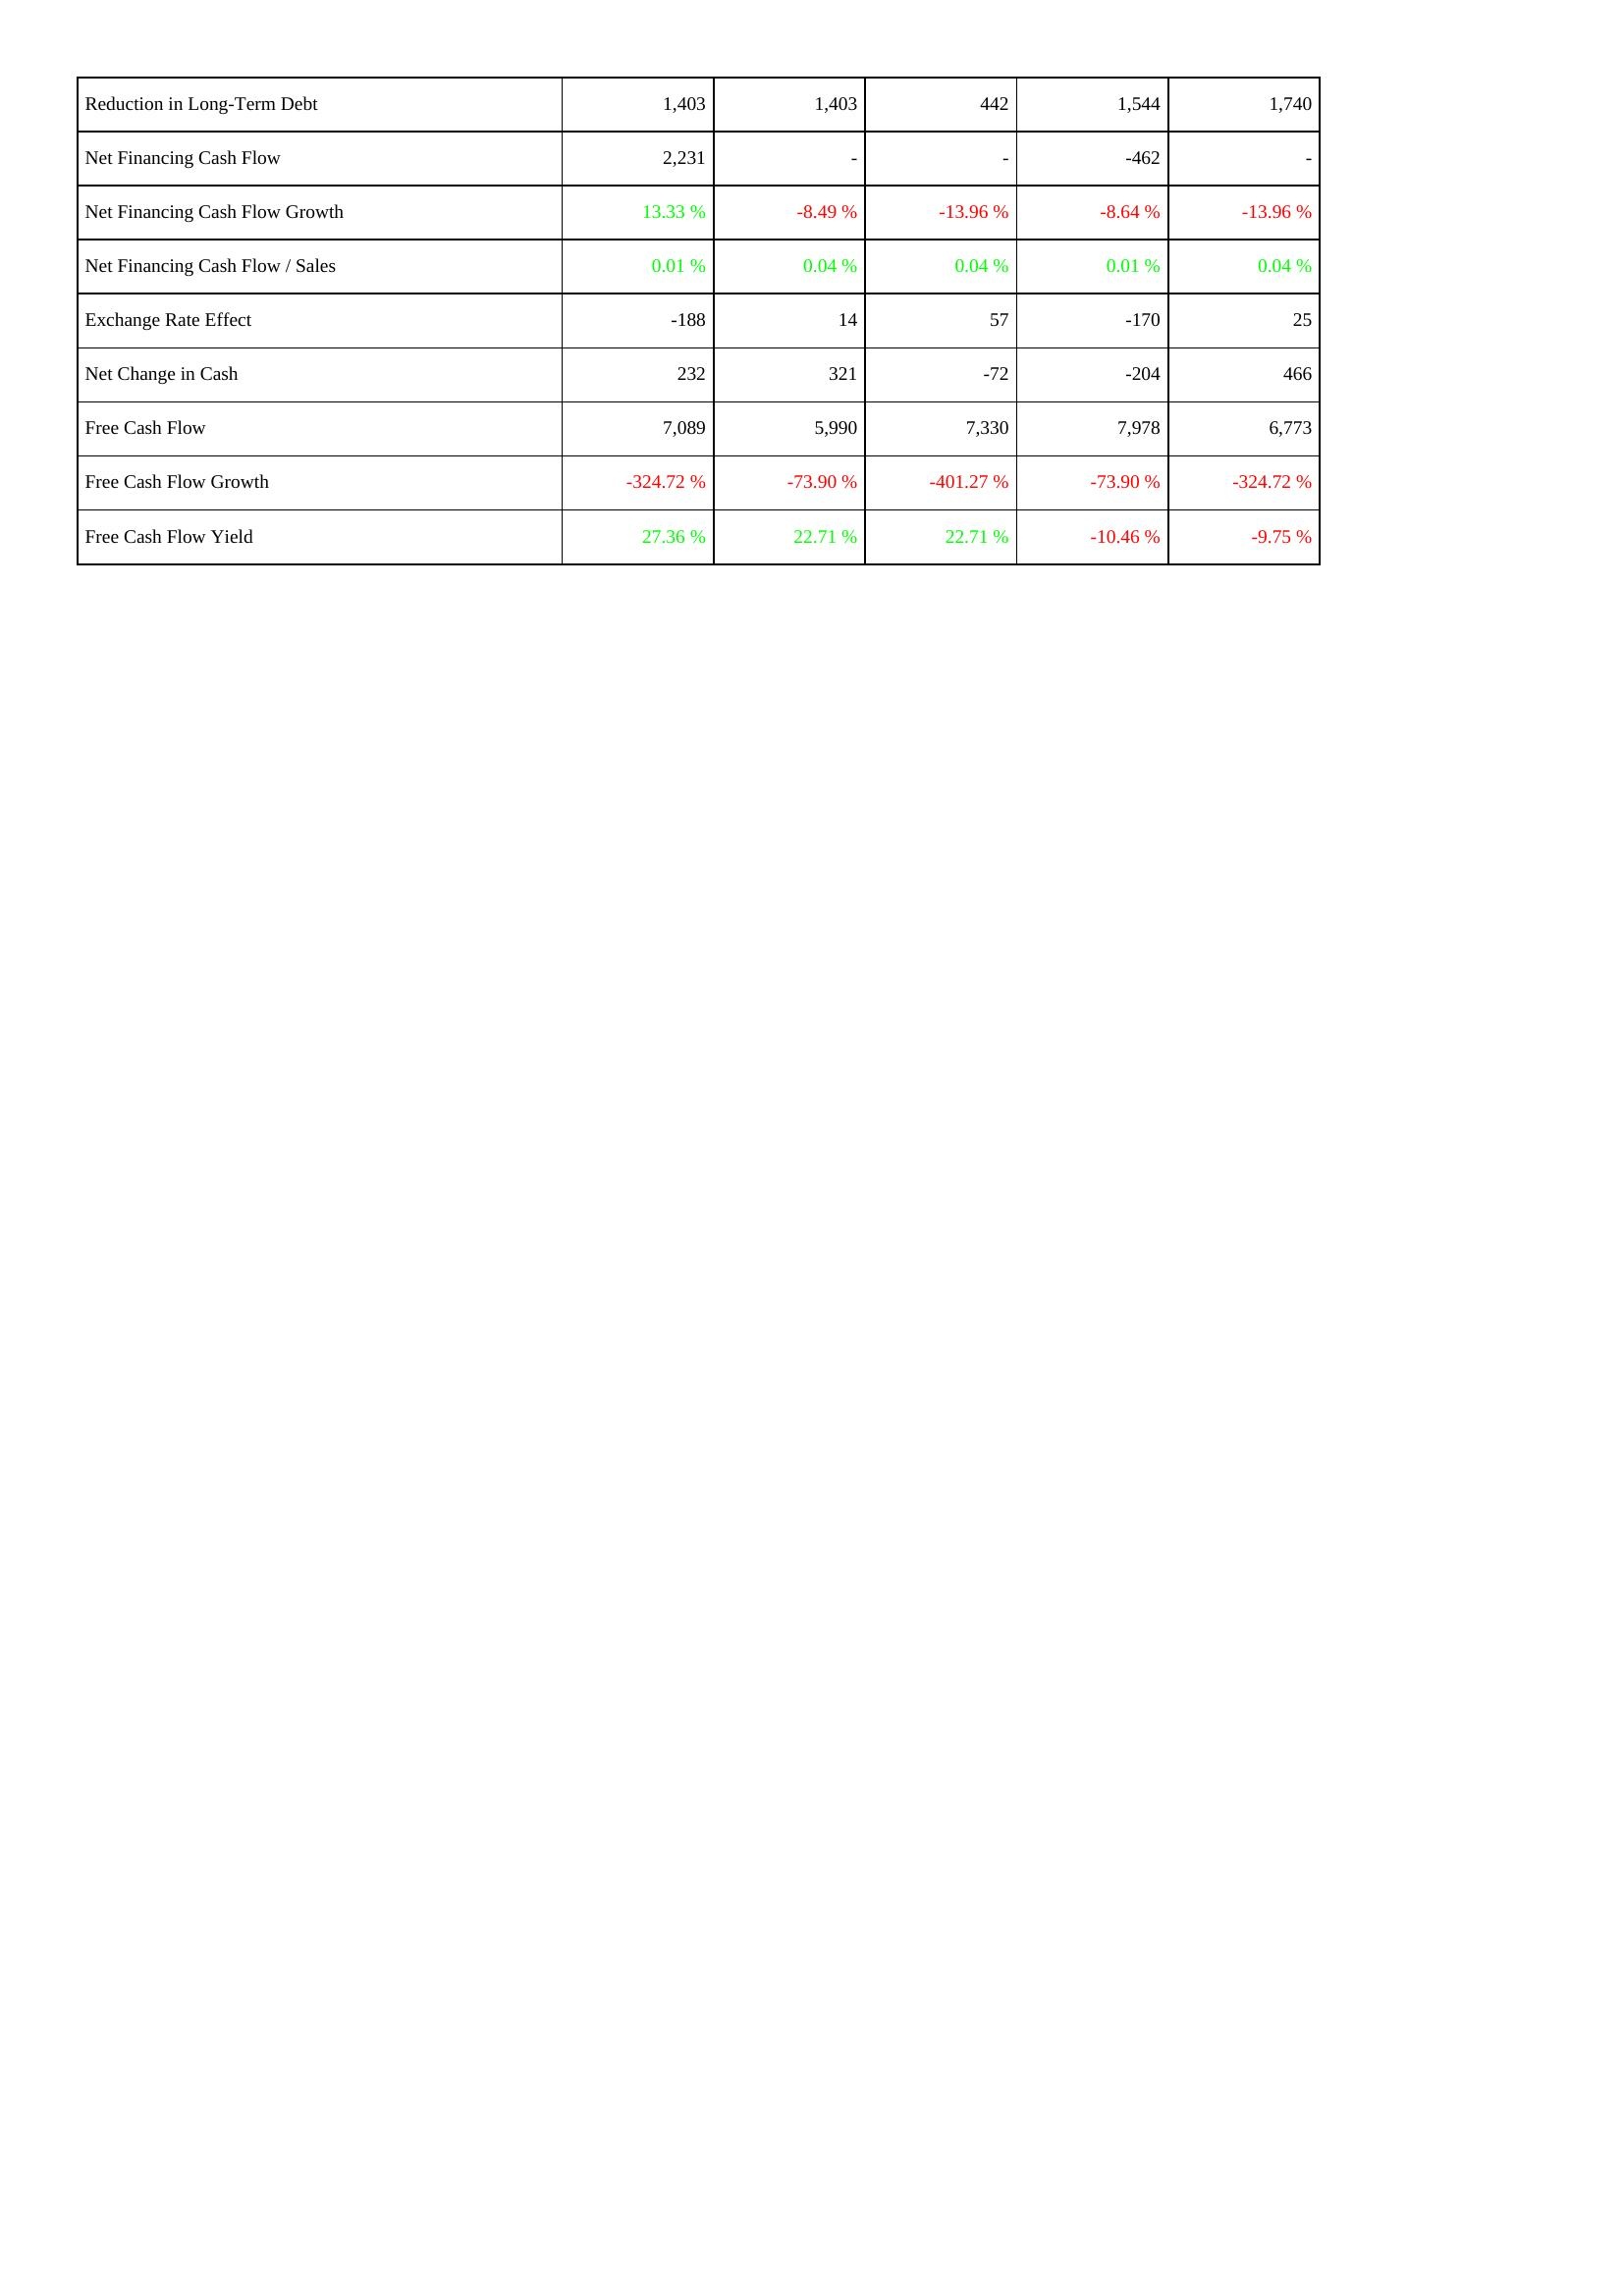
2015: Financing Activities: Reduction in Long-Term Debt: 1,403
Net Financing Cash Flow: 2,231
Net Financing Cash Flow Growth: 13.33 %
Net Financing Cash Flow / Sales: 0.01 %
Exchange Rate Effect: -188
Net Change in Cash: 232
Free Cash Flow: 7,089
Free Cash Flow Growth: -324.72 %
Free Cash Flow Yield: 27.36 %
2014: Financing Activities: Reduction in Long-Term Debt: 1,403
Net Financing Cash Flow: -
Net Financing Cash Flow Growth: -8.49 %
Net Financing Cash Flow / Sales: 0.04 %
Exchange Rate Effect: 14
Net Change in Cash: 321
Free Cash Flow: 5,990
Free Cash Flow Growth: -73.90 %
Free Cash Flow Yield: 22.71 %
2013: Financing Activities: Reduction in Long-Term Debt: 442
Net Financing Cash Flow: -
Net Financing Cash Flow Growth: -13.96 %
Net Financing Cash Flow / Sales: 0.04 %
Exchange Rate Effect: 57
Net Change in Cash: -72
Free Cash Flow: 7,330
Free Cash Flow Growth: -401.27 %
Free Cash Flow Yield: 22.71 %
2012: Financing Activities: Reduction in Long-Term Debt: 1,544
Net Financing Cash Flow: -462
Net Financing Cash Flow Growth: -8.64 %
Net Financing Cash Flow / Sales: 0.01 %
Exchange Rate Effect: -170
Net Change in Cash: -204
Free Cash Flow: 7,978
Free Cash Flow Growth: -73.90 %
Free Cash Flow Yield: -10.46 %
2011: Financing Activities: Reduction in Long-Term Debt: 1,740
Net Financing Cash Flow: -
Net Financing Cash Flow Growth: -13.96 %
Net Financing Cash Flow / Sales: 0.04 %
Exchange Rate Effect: 25
Net Change in Cash: 466
Free Cash Flow: 6,773
Free Cash Flow Growth: -324.72 %
Free Cash Flow Yield: -9.75 %